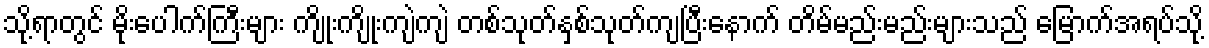
သို့ရာတွင် မိုးပေါက်ကြီးများ ကျိုးကျိုးကျဲကျဲ တစ်သုတ်နှစ်သုတ်ကျပြီးနောက် တိမ်မည်းမည်းများသည် မြောက်အရပ်သို့